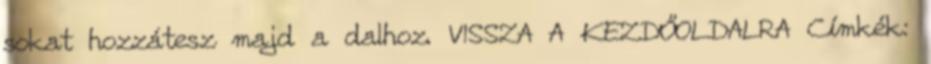
sokat hozzátesz majd a dalhoz. VISSZA A KEZDŐOLDALRA Címkék: